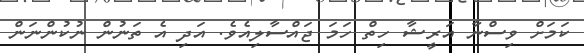
ކަމަށް ވިސްނާ އަރީޝާ ހިތް ހަމަ ޖައްސާލިއެެވެ. އަދި އެ ތަނުން ނުކުންނަން